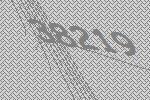
38219